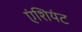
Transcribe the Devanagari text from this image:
एंशियंट